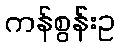
ကန်စွန်းဥ